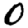
Digit: 0